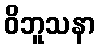
ဝိဘူသနာ